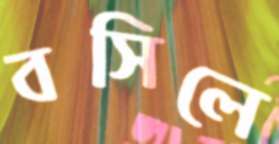
বসিলে